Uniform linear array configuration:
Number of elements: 64
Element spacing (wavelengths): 0.75
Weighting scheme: kaiser
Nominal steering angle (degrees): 60
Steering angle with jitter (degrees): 59.212
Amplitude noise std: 0.05
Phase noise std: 0.05

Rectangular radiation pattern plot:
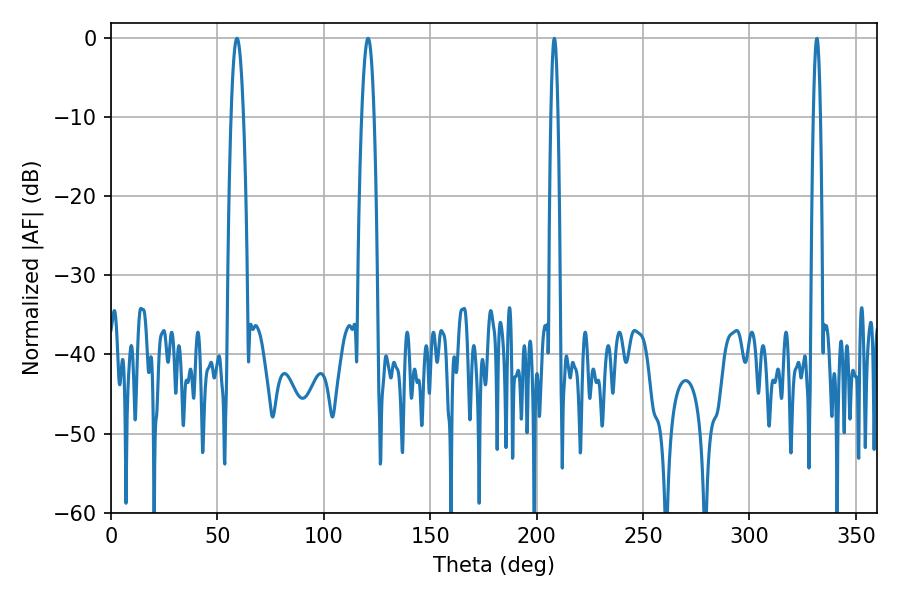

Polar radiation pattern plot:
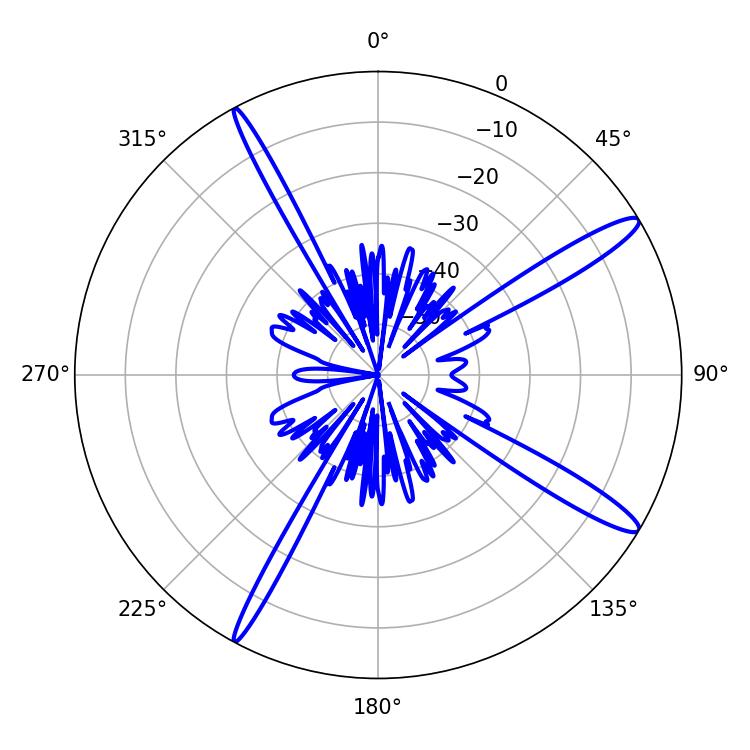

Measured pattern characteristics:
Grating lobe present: TRUE
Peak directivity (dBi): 14.487
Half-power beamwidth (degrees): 3.24
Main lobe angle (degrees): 120.78